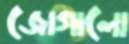
জোগালো